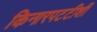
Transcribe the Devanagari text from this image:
किनारपटटीशी